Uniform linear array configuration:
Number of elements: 8
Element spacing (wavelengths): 0.5
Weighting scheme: binomial
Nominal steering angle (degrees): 45
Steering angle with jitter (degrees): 46.914
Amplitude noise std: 0.05
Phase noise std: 0.05

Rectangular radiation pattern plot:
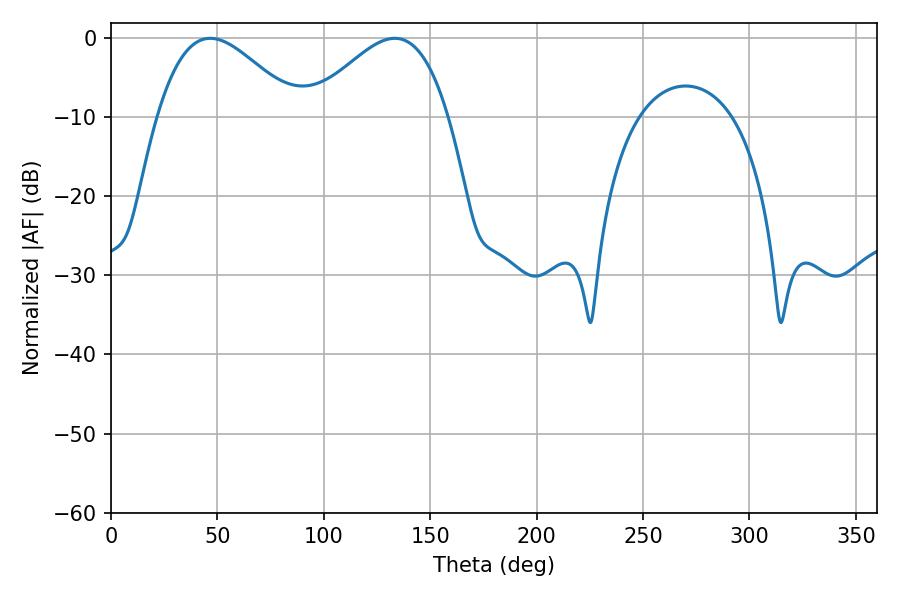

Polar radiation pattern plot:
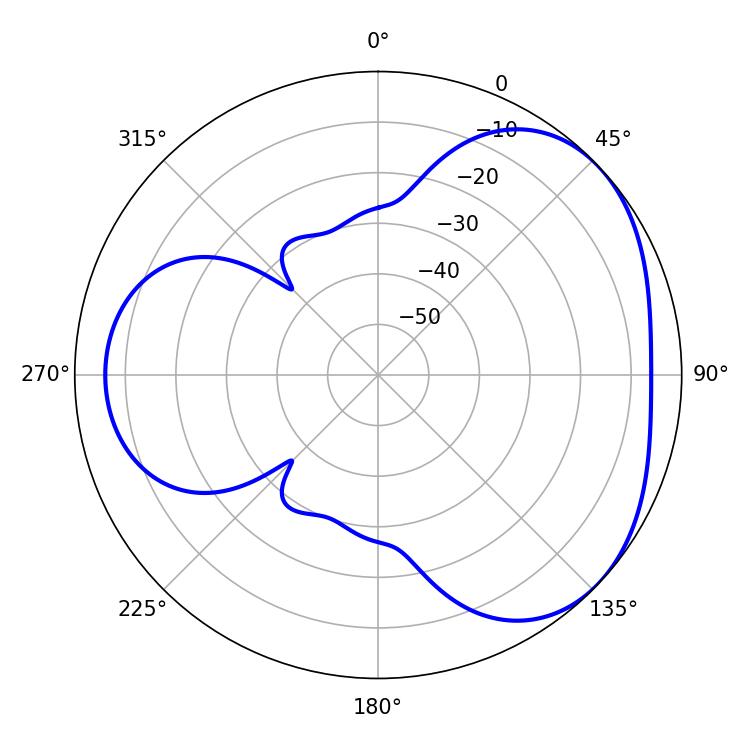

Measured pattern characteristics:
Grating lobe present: FALSE
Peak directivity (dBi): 3.592
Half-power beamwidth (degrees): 35.46
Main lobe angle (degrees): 46.62